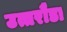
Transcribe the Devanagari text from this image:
उत्तरौडा